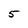
Character: 5